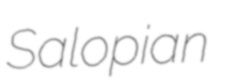
Salopian